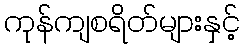
ကုန်ကျစရိတ်များနှင့်